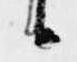
候